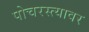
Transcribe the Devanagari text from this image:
पोचरस्त्यावर